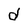
Character: d